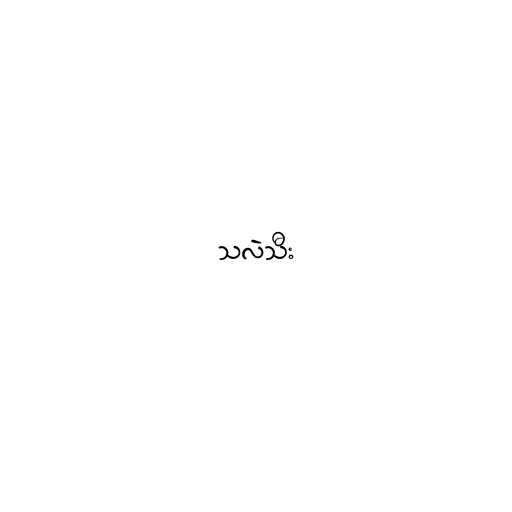
သလဲသီး